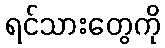
ရင်သားတွေကို